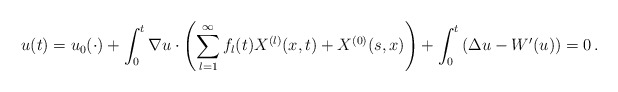
\begin{align*}u(t)=u_{0}(\cdot)+\int_{0}^{t}\nabla u\cdot\left(\sum_{l=1}^{\infty}f_{l}(t)X^{(l)}(x,t)+X^{(0)}(s,x)\right)+\int_{0}^{t}\left(\Delta u-W'(u)\right)=0\,.\end{align*}